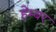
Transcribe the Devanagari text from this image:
हेम्बर